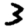
Digit: 3